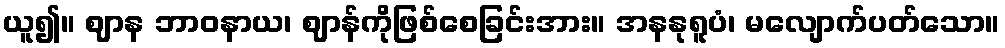
ယူ၍။ ဈာန ဘာဝနာယ၊ ဈာန်ကိုဖြစ်စေခြင်းအား။ အနနုရူပံ၊ မလျောက်ပတ်သော။